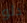
دلو